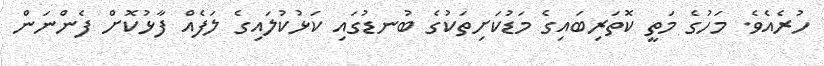
ހުރެއެވެ. މަހުގެ މަތީ ކޮތަރިބައިގެ މަޑުކަށިތަކުގެ ބުނޑުގައި ކަޅުކުލައިގެ ލަފެއް ފާޅުކޮށް ފެންނަން